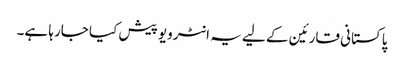
پاکستانی قارئین کے لیے یہ انٹرویو پیش کیا جارہا ہے۔